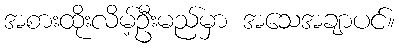
အစားထိုးလိမ့်ဦးမည်မှာ အသေအချာပင်။